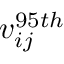
v _ { i j } ^ { 9 5 t h }